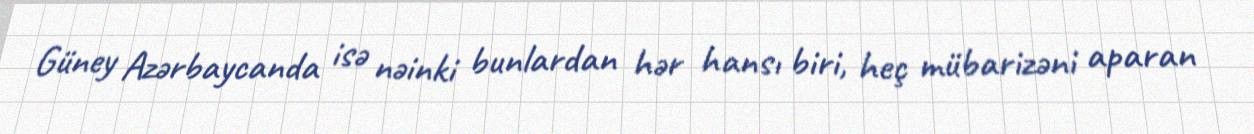
Güney Azərbaycanda isə nəinki bunlardan hər hansı biri, heç mübarizəni aparan